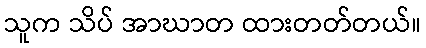
သူက သိပ် အာဃာတ ထားတတ်တယ်။